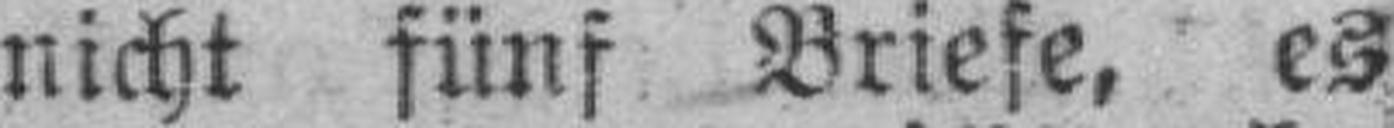
nicht fünf Briefe, es